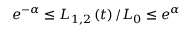
e ^ { - \alpha } \leq L _ { 1 , 2 } \left( t \right) / L _ { 0 } \leq e ^ { \alpha }